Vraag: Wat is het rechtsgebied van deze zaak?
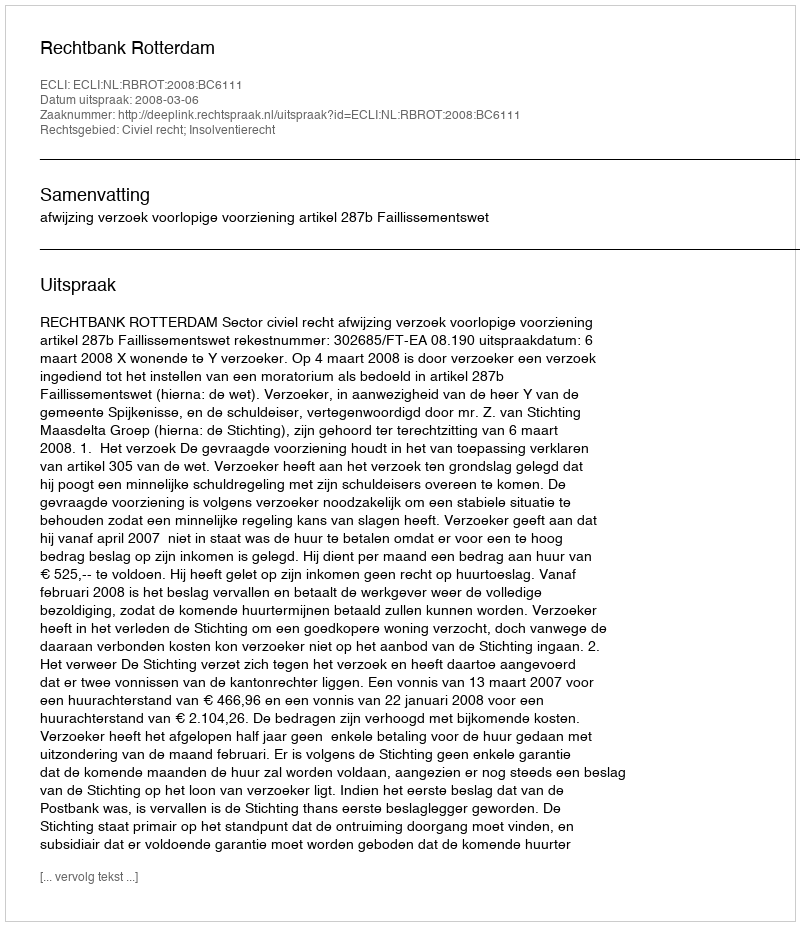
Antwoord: Civiel recht; Insolventierecht